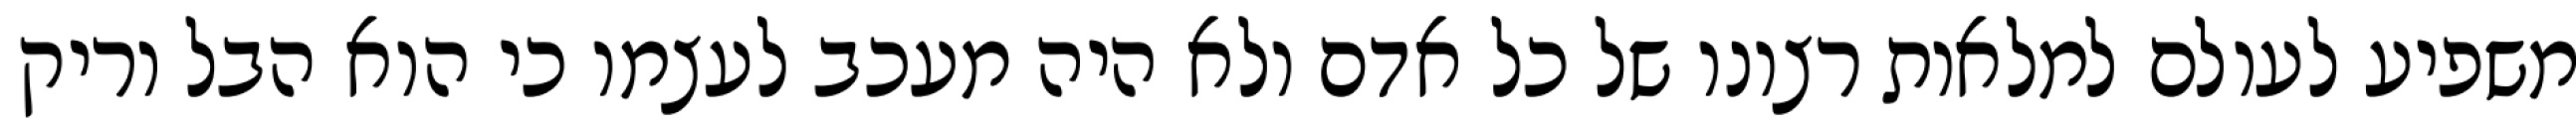
משפיע לעולם למלאות רצונו של כל אדם ולא היה מעכב לעצמו כי הוא הבל וריק